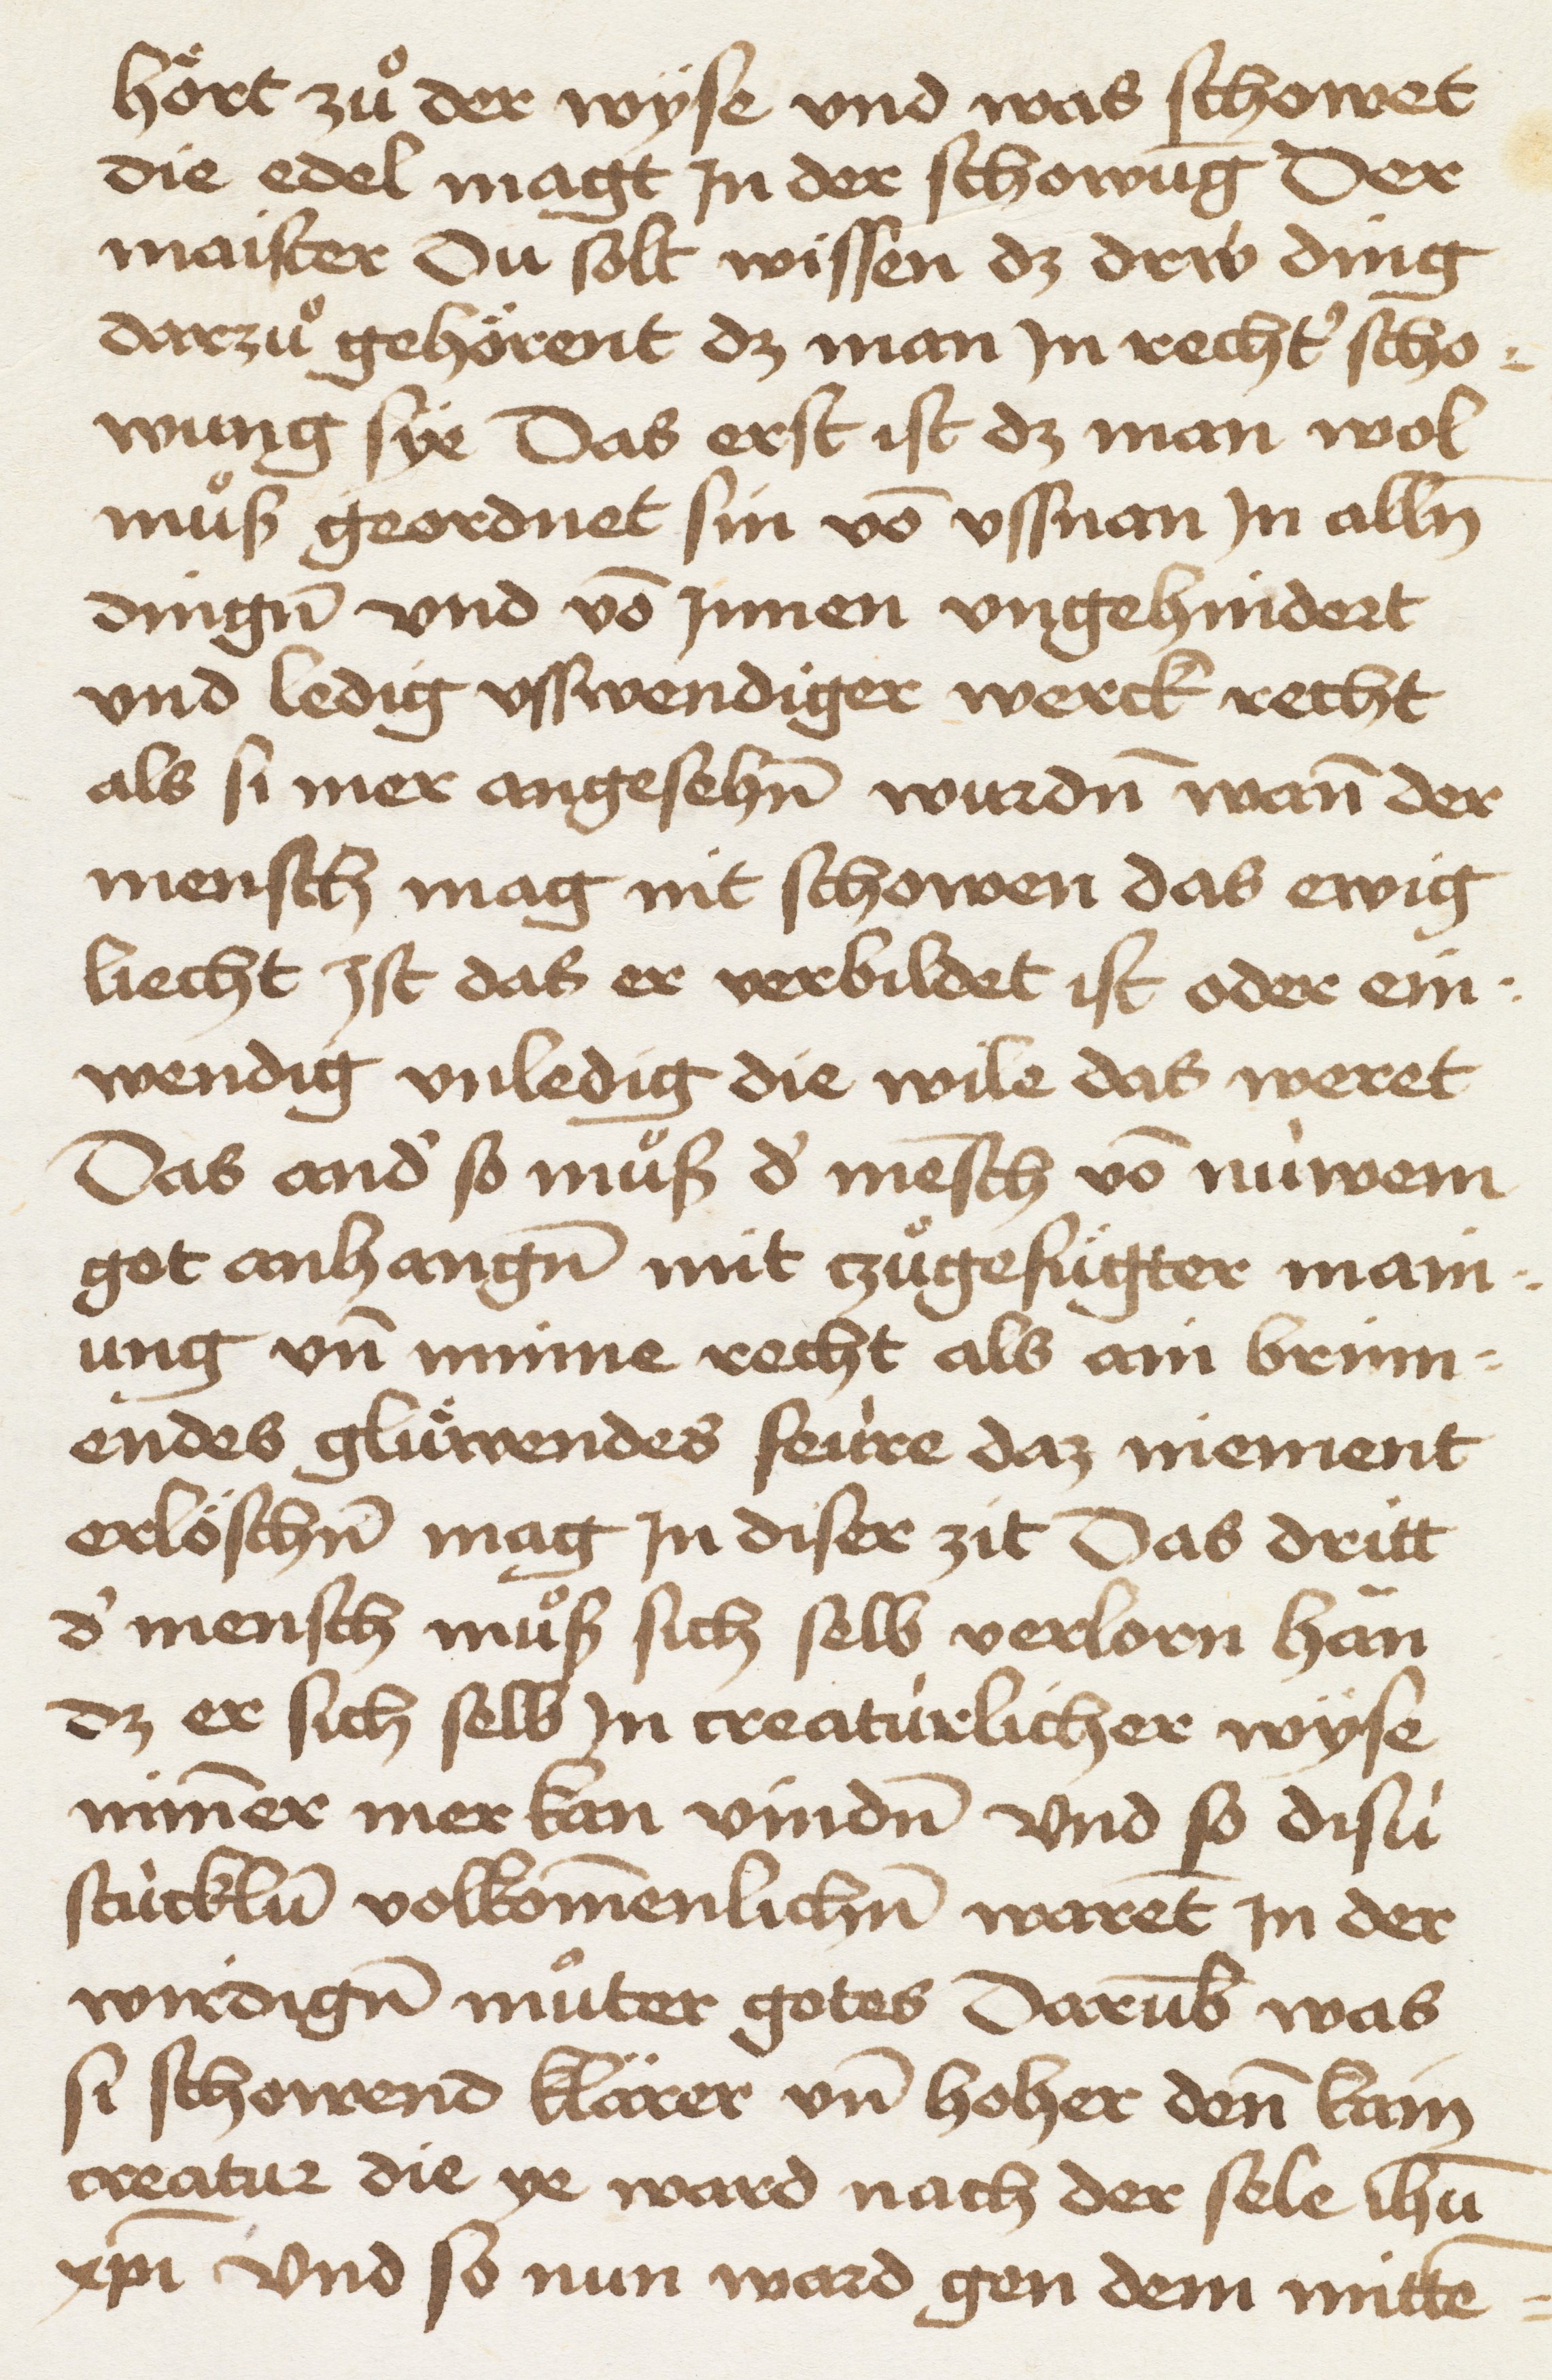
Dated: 1465–1467